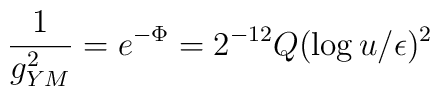
{1\over g_{YM}^2}= e^{-\Phi}= 2^{-12}Q(\log{u/\epsilon})^2